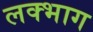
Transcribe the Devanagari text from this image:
लक्भाग